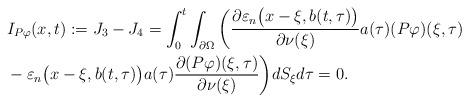
LaTeX: \begin{align*}&I_{P\varphi}(x,t):=J_{3}-J_{4}=\int_{0}^{t} \int_{\partial\Omega}\bigg( \frac{\partial \varepsilon_{n}\big(x-\xi,b(t,\tau)\big)}{\partial\nu(\xi)}a(\tau)(P\varphi)(\xi,\tau) \\&-\varepsilon_{n}\big(x-\xi,b(t,\tau)\big)a(\tau)\frac{\partial (P\varphi)(\xi,\tau)}{\partial\nu(\xi)}\bigg) dS_{\xi}d\tau=0.\end{align*}